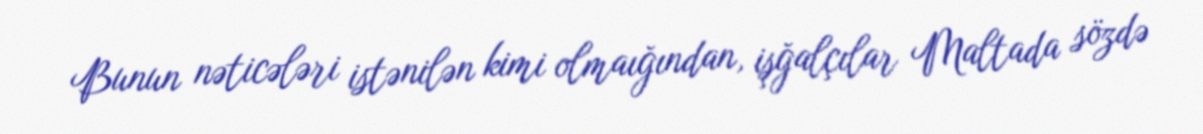
Bunun nəticələri istənilən kimi olmaığından, işğalçılar Maltada sözdə